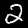
Digit: 2